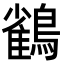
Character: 𮭕